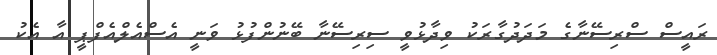
ރައީސް ސްރިސޭނާގެ މަދަދުގާރަކު ވިދާޅުވީ ސިރިސޭނާ ބޭނުންފުޅު ވަނީ އެސްއެލްއެފްޕީ އާ އެކު